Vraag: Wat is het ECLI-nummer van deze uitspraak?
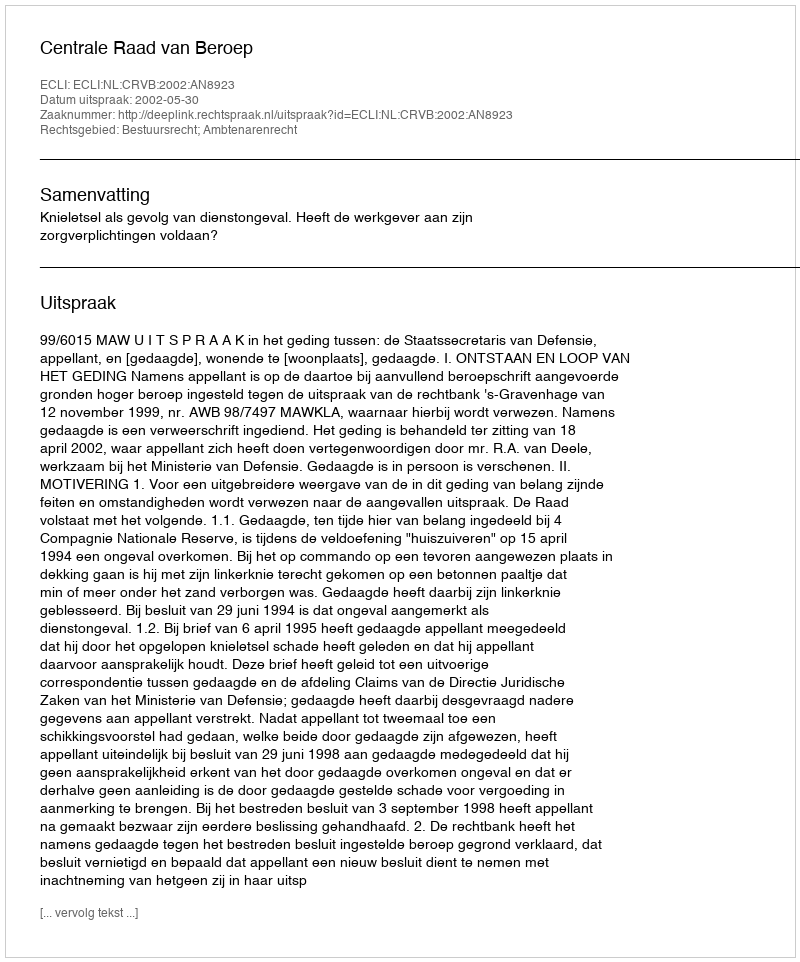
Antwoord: ECLI:NL:CRVB:2002:AN8923